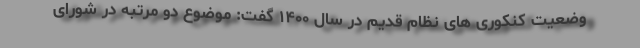
وضعیت کنکوری های نظام قدیم در سال ۱۴۰۰ گفت: موضوع دو مرتبه در شورای